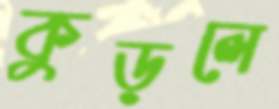
কুড়লে